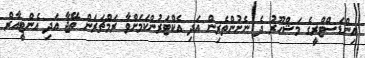
އިންޑަސްޓްރީގެ މަޝްހޫރު ދެ ނެށުންތެރިން އަދި އެކްޓަރުންކަމަށްވާ ރަމްޗަރަން ތޭޖާ އަދި އެންޓީއާރް